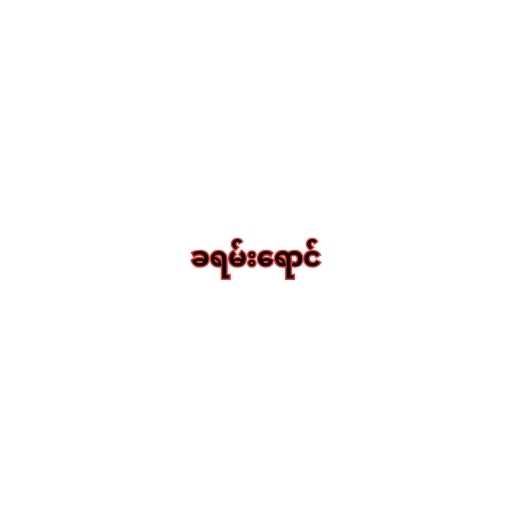
ခရမ်းရောင်